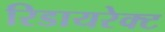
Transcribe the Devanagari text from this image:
रिडायरेक्ट